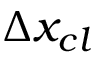
\Delta x _ { c l }